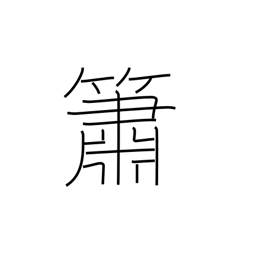
Meaning: flute